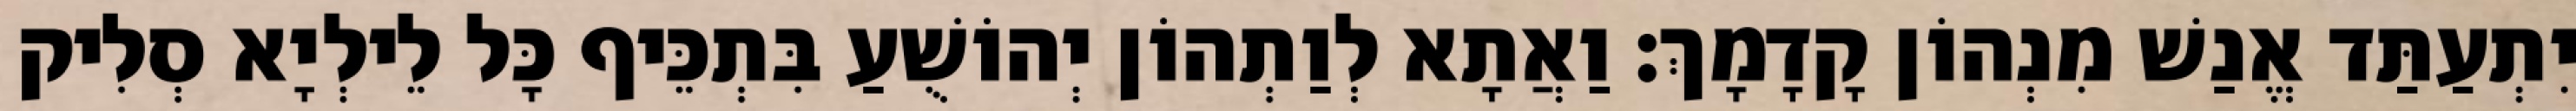
יִתְעַתַּד אֱנַשׁ מִנְהוֹן קָדָמָךְ׃ וַאֲתָא לְוַתְהוֹן יְהוֹשֻׁעַ בִּתְכֵּיף כָּל לֵילְיָא סְלִיק